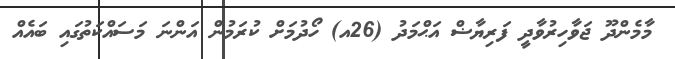
މާމެންދޫ ޖަވާހިރުވާދީ ފަރިޔާޟް އަޙްމަދު (26އ) ހޯދުމަށް ކުރަމުން އަންނަ މަސައްކަތުގައި ބައެއް